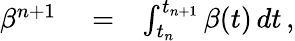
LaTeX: \begin{array}{rlr}{\beta^{n+1}}&{{}=}&{\int_{t_{n}}^{t_{n+1}}\beta(t)\, dt\, ,}\end{array}